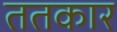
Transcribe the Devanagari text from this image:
ततकार